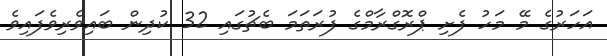
އަހަރުގެ މޭ މަހު ފެށި ޕްރޮގްރާމްގެ ފުރަތަމަ ބެޗުގައި 32 ކުދިން ބައިވެރިވެފައިވެ